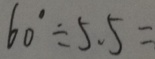
6 0 ^ { \circ } \div 5 . 5 =